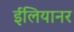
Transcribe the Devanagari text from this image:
ईलियानर